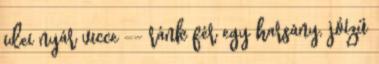
idei nyár vicce -- ránk fér egy harsány, jóízű